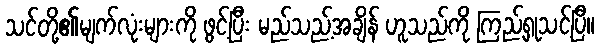
သင်တို့၏မျက်လုံးများကို ဖွင့်ပြီး မည်သည့်အချိန် ဟူသည်ကို ကြည့်ရှုသင့်ပြီ။